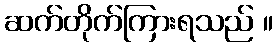
ဆက်တိုက်ကြားရသည် ။